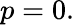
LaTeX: p=0.